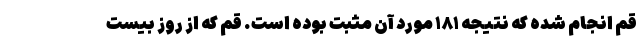
قم انجام شده که نتیجه ۱۸۱ مورد آن مثبت بوده است. قم که از روز بیست